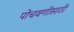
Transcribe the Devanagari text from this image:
पोचवणीसाठी